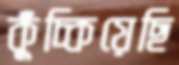
কুঁচ্‌কিয়েছি